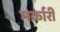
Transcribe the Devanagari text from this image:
मर्कारी